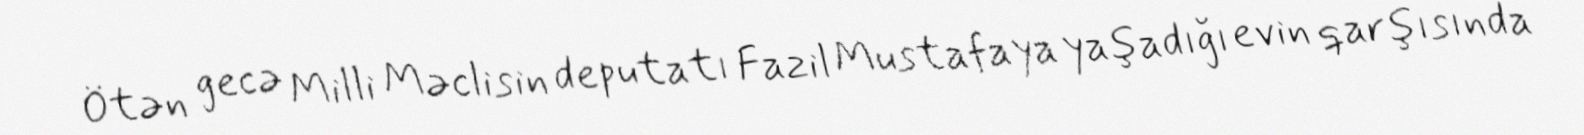
Ötən gecə Milli Məclisin deputatı Fazil Mustafaya yaşadığı evin qarşısında